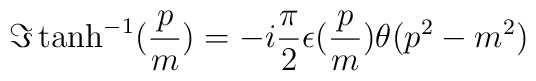
\Im\tanh^{-1}(\frac{p}{m})=-i\frac{\pi}{2}\epsilon(\frac{p}{m})\theta(p^{2}-m^{2})